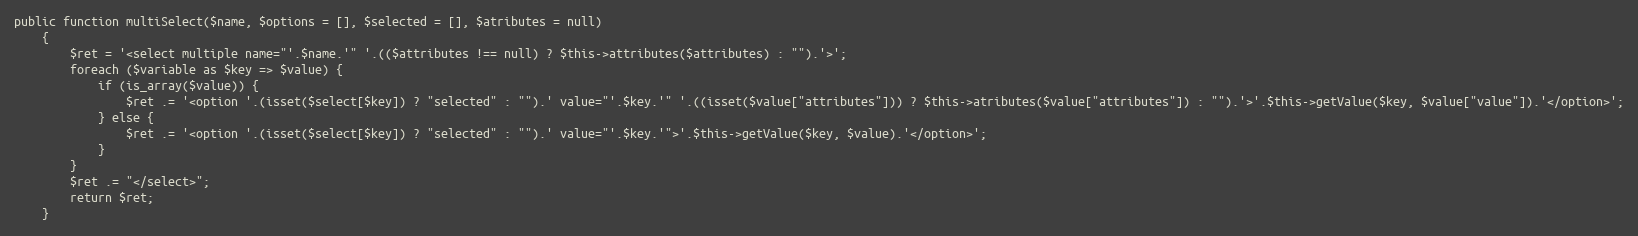
Language: PHP
public function multiSelect($name, $options = [], $selected = [], $atributes = null)
    {
        $ret = '<select multiple name="'.$name.'" '.(($attributes !== null) ? $this->attributes($attributes) : "").'>';
        foreach ($variable as $key => $value) {
            if (is_array($value)) {
                $ret .= '<option '.(isset($select[$key]) ? "selected" : "").' value="'.$key.'" '.((isset($value["attributes"])) ? $this->atributes($value["attributes"]) : "").'>'.$this->getValue($key, $value["value"]).'</option>';
            } else {
                $ret .= '<option '.(isset($select[$key]) ? "selected" : "").' value="'.$key.'">'.$this->getValue($key, $value).'</option>';
            }
        }
        $ret .= "</select>";
        return $ret;
    }